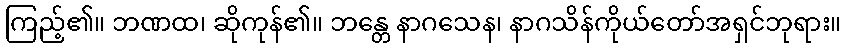
ကြည့်၏။ ဘဏထ၊ ဆိုကုန်၏။ ဘန္တေ နာဂသေန၊ နာဂသိန်ကိုယ်တော်အရှင်ဘုရား။